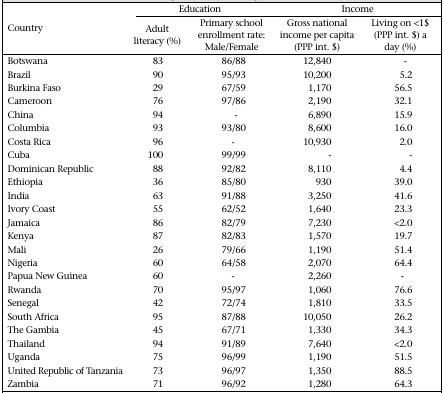
| <ROWSPAN=2> Country | <COLSPAN=2> Education | <COLSPAN=2> Income |
 | Adult literacy (%) | Primary school enrollment rate: Male/Female | Gross national income per capita (PPP int. $) | Living on <1$ (PPP int. $) a day (%) |
 | --- | --- | --- | --- | --- |
 | Botswana | 83 | 86/88 | 12,840 | - |
 | Brazil | 90 | 95/93 | 10,200 | 5.2 |
 | Burkina Faso | 29 | 67/59 | 1,170 | 56.5 |
 | Cameroon | 76 | 97/86 | 2,190 | 32.1 |
 | China | 94 | - | 6,890 | 15.9 |
 | Columbia | 93 | 93/80 | 8,600 | 16.0 |
 | Costa Rica | 96 | - | 10,930 | 2.0 |
 | Cuba | 100 | 99/99 | - | - |
 | Dominican Republic | 88 | 92/82 | 8,110 | 4.4 |
 | Ethiopia | 36 | 85/80 | 930 | 39.0 |
 | India | 63 | 91/88 | 3,250 | 41.6 |
 | Ivory Coast | 55 | 62/52 | 1,640 | 23.3 |
 | Jamaica | 86 | 82/79 | 7,230 | <2.0 |
 | Kenya | 87 | 82/83 | 1,570 | 19.7 |
 | Mali | 26 | 79/66 | 1,190 | 51.4 |
 | Nigeria | 60 | 64/58 | 2,070 | 64.4 |
 | Papua New Guinea | 60 | - | 2,260 | - |
 | Rwanda | 70 | 95/97 | 1,060 | 76.6 |
 | Senegal | 42 | 72/74 | 1,810 | 33.5 |
 | South Africa | 95 | 87/88 | 10,050 | 26.2 |
 | The Gambia | 45 | 67/71 | 1,330 | 34.3 |
 | Thailand | 94 | 91/89 | 7,640 | <2.0 |
 | Uganda | 75 | 96/99 | 1,190 | 51.5 |
 | United Republic of Tanzania | 73 | 96/97 | 1,350 | 88.5 |
 | Zambia | 71 | 96/92 | 1,280 | 64.3 |